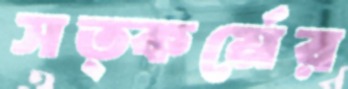
সত্কর্মের